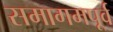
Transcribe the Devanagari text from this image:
समागमपूर्व